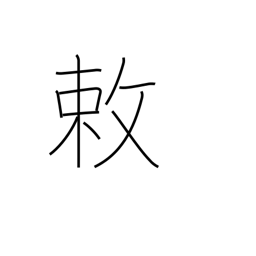
Meaning: an imperial order or decree